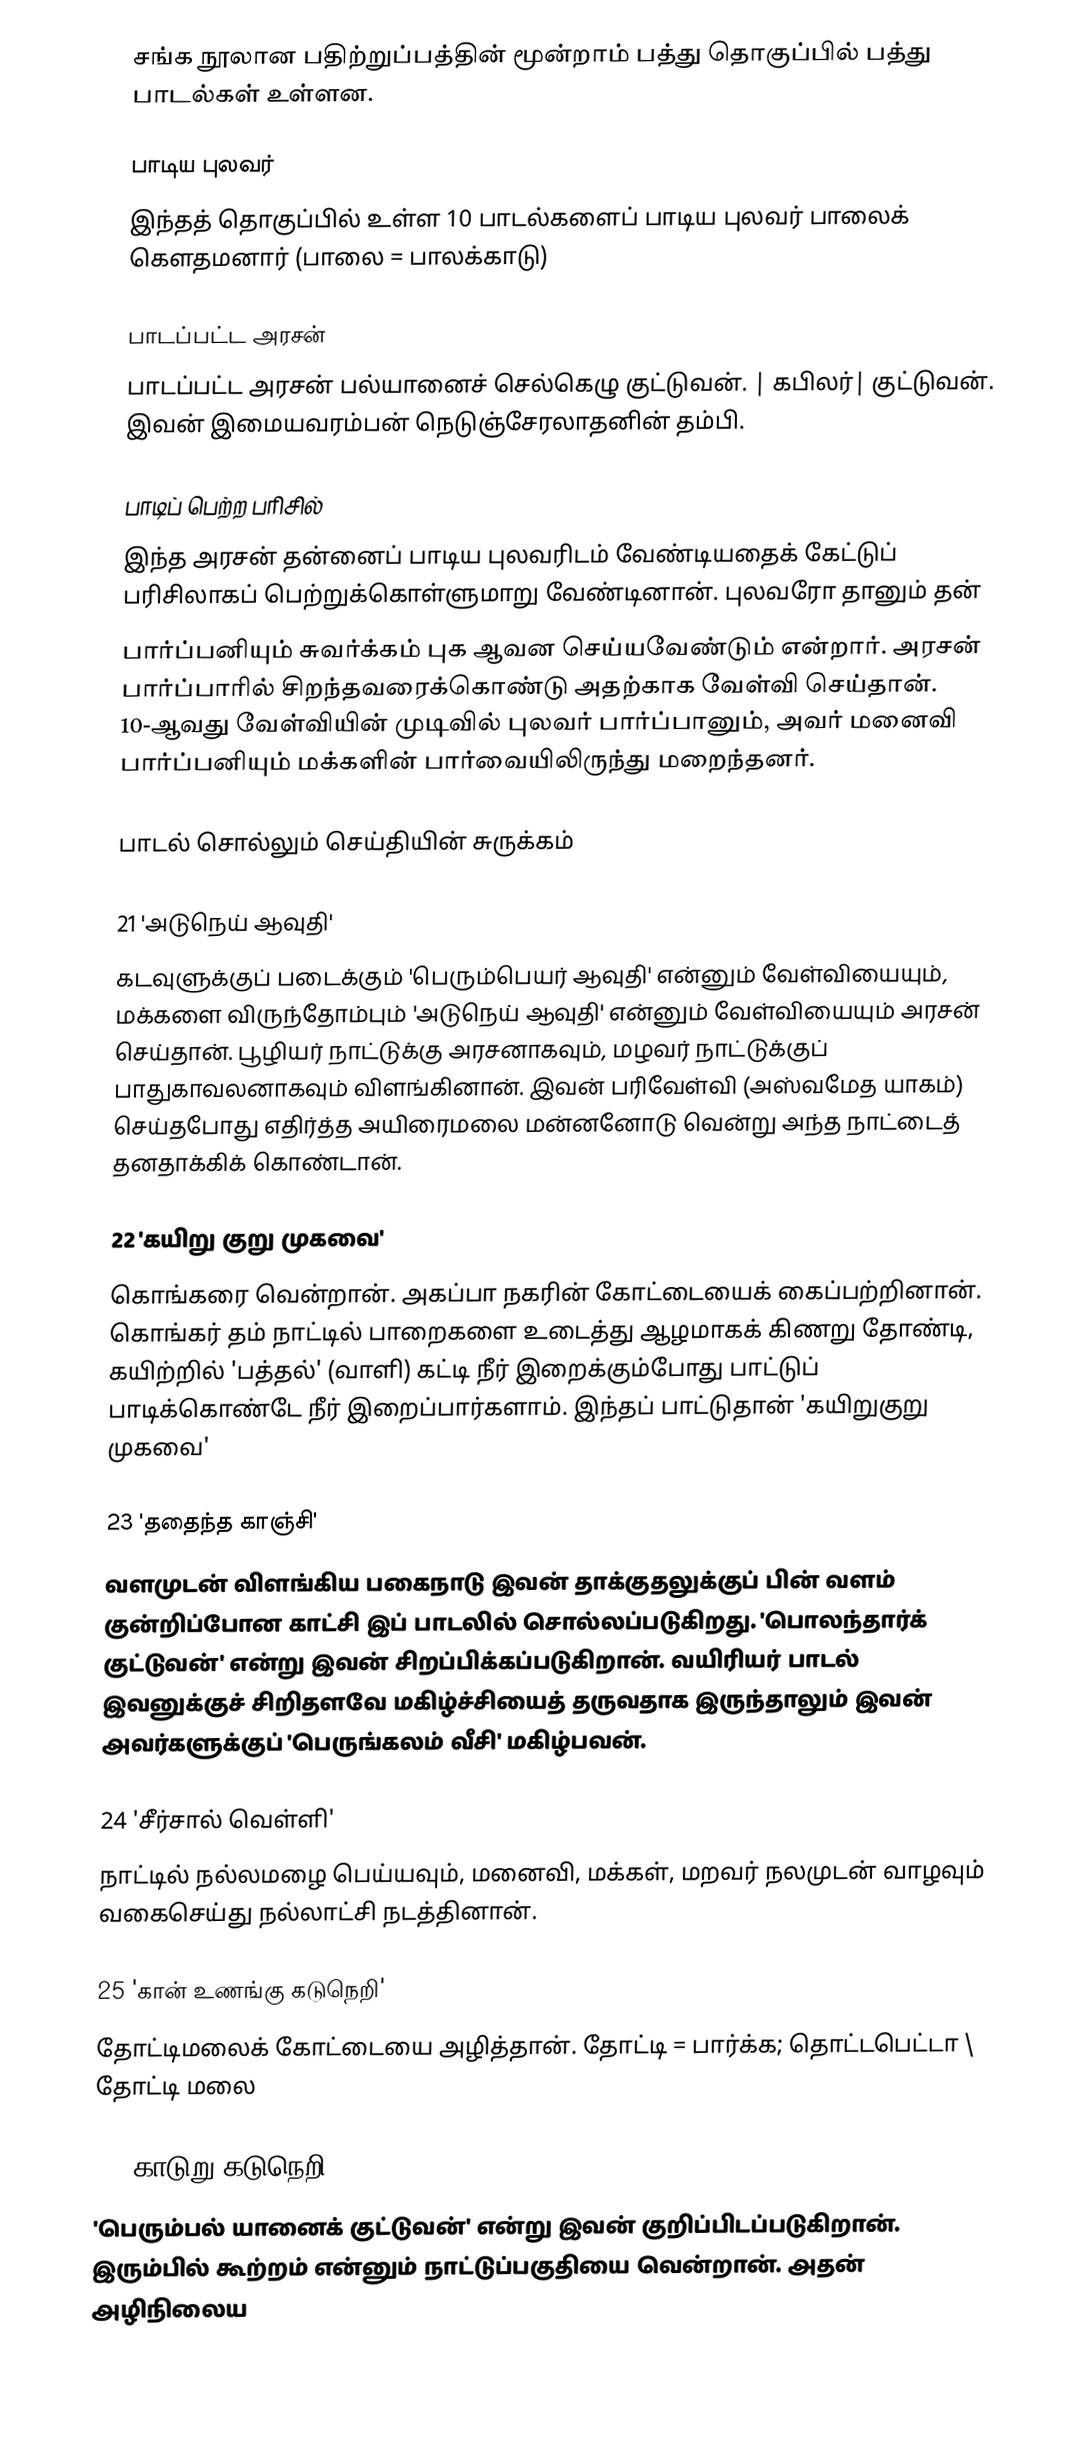
சங்க நூலான பதிற்றுப்பத்தின் மூன்றாம் பத்து தொகுப்பில் பத்து பாடல்கள் உள்ளன.

பாடிய புலவர்
இந்தத் தொகுப்பில் உள்ள 10 பாடல்களைப் பாடிய புலவர் பாலைக் கௌதமனார் (பாலை = பாலக்காடு)

பாடப்பட்ட அரசன்
பாடப்பட்ட அரசன் பல்யானைச் செல்கெழு குட்டுவன். | கபிலர்| குட்டுவன். இவன் இமையவரம்பன் நெடுஞ்சேரலாதனின் தம்பி.

பாடிப் பெற்ற பரிசில்
இந்த அரசன் தன்னைப் பாடிய புலவரிடம் வேண்டியதைக் கேட்டுப் பரிசிலாகப் பெற்றுக்கொள்ளுமாறு வேண்டினான். புலவரோ தானும் தன்
பார்ப்பனியும் சுவர்க்கம் புக ஆவன செய்யவேண்டும் என்றார். அரசன் பார்ப்பாரில் சிறந்தவரைக்கொண்டு அதற்காக வேள்வி செய்தான். 10-ஆவது வேள்வியின் முடிவில் புலவர் பார்ப்பானும், அவர் மனைவி பார்ப்பனியும் மக்களின் பார்வையிலிருந்து மறைந்தனர்.

பாடல் சொல்லும் செய்தியின் சுருக்கம்

21 'அடுநெய் ஆவுதி'
கடவுளுக்குப் படைக்கும் 'பெரும்பெயர் ஆவுதி' என்னும் வேள்வியையும், மக்களை விருந்தோம்பும் 'அடுநெய் ஆவுதி' என்னும் வேள்வியையும் அரசன் செய்தான். பூழியர் நாட்டுக்கு அரசனாகவும், மழவர் நாட்டுக்குப் பாதுகாவலனாகவும் விளங்கினான். இவன் பரிவேள்வி (அஸ்வமேத யாகம்) செய்தபோது எதிர்த்த அயிரைமலை மன்னனோடு வென்று அந்த நாட்டைத் தனதாக்கிக் கொண்டான்.

22 'கயிறு குறு முகவை'
கொங்கரை வென்றான். அகப்பா நகரின் கோட்டையைக் கைப்பற்றினான். கொங்கர் தம் நாட்டில் பாறைகளை உடைத்து ஆழமாகக் கிணறு தோண்டி, கயிற்றில் 'பத்தல்' (வாளி) கட்டி நீர் இறைக்கும்போது பாட்டுப் பாடிக்கொண்டே நீர் இறைப்பார்களாம். இந்தப் பாட்டுதான் 'கயிறுகுறு முகவை'

23 'ததைந்த காஞ்சி'
வளமுடன் விளங்கிய பகைநாடு இவன் தாக்குதலுக்குப் பின் வளம் குன்றிப்போன காட்சி இப் பாடலில் சொல்லப்படுகிறது. 'பொலந்தார்க் குட்டுவன்' என்று இவன் சிறப்பிக்கப்படுகிறான். வயிரியர் பாடல் இவனுக்குச் சிறிதளவே மகிழ்ச்சியைத் தருவதாக இருந்தாலும் இவன் அவர்களுக்குப் 'பெருங்கலம் வீசி' மகிழ்பவன்.

24 'சீர்சால் வெள்ளி'
நாட்டில் நல்லமழை பெய்யவும், மனைவி, மக்கள், மறவர் நலமுடன் வாழவும் வகைசெய்து நல்லாட்சி நடத்தினான்.

25 'கான் உணங்கு கடுநெறி'
தோட்டிமலைக் கோட்டையை அழித்தான். தோட்டி = பார்க்க; தொட்டபெட்டா \ தோட்டி மலை

26 'காடுறு கடுநெறி'
'பெரும்பல் யானைக் குட்டுவன்' என்று இவன் குறிப்பிடப்படுகிறான். இரும்பில் கூற்றம் என்னும் நாட்டுப்பகுதியை வென்றான். அதன் அழிநிலைய